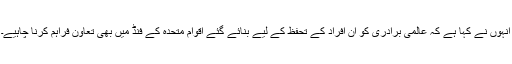
انہوں نے کہا ہے کہ عالمی برادری کو ان افراد کے تحفظ کے لیے بنائے گئے اقوام متحدہ کے فنڈ میں بھی تعاون فراہم کرنا چاہیے۔